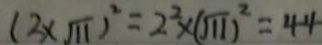
( 3 \times \sqrt { 1 1 } ) ^ { 2 } = 2 ^ { 2 } \times ( \sqrt { 1 1 } ) ^ { 2 } = 4 4